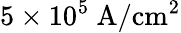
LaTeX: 5\times 10^{5}~\mathrm{A/cm^{2}}